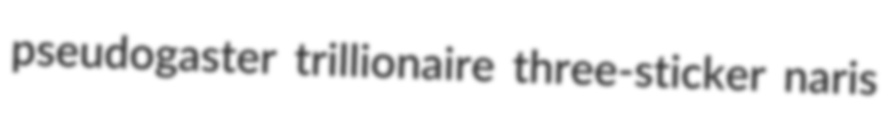
pseudogaster trillionaire three-sticker naris